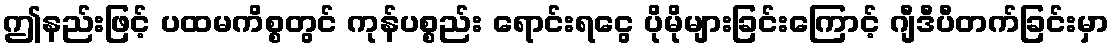
ဤနည်းဖြင့် ပထမကိစ္စတွင် ကုန်ပစ္စည်း ရောင်းရငွေ ပိုမိုများခြင်းကြောင့် ဂျီဒီပီတက်ခြင်းမှာ